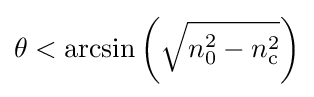
\theta <\arcsin \left({\sqrt {n_{0}^{2}-n_{\mathrm {c} }^{2}}}\right)